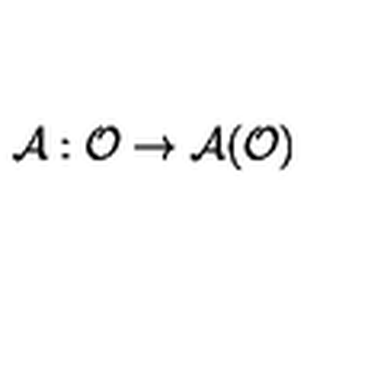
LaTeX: \mathcal { A } : \mathcal { O } \rightarrow \mathcal { A ( O ) }